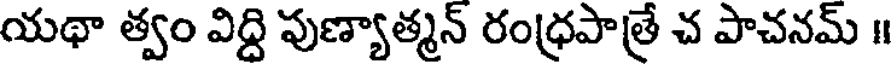
యథా త్వం విద్ది పుణ్యాత్మన్ రంధ్రపాత్రే చ పాచనమ్ ॥